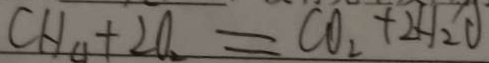
C H _ { 4 } + 2 O _ { 2 } = C O _ { 2 } + 2 H _ { 2 } O